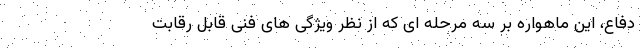
دفاع، این ماهواره بر سه مرحله ای که از نظر ویژگی های فنی قابل رقابت